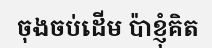
ចុងចប់ដើម ប៉ាខ្ញុំគិត